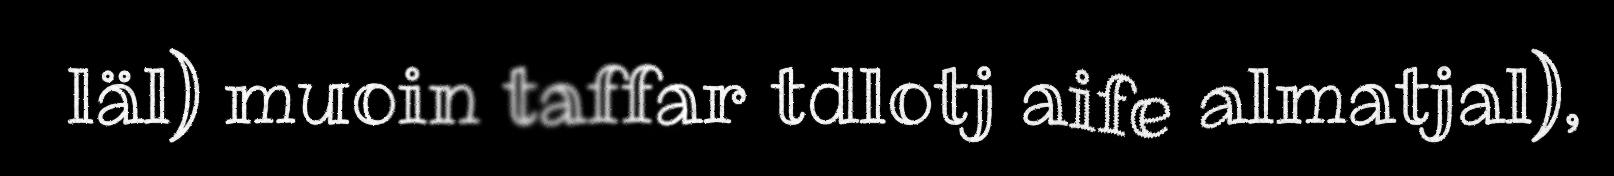
läl) muoin taffar tdlotj aife almatjal),